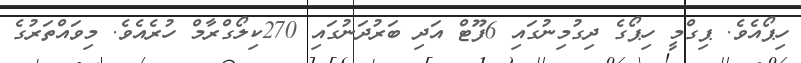
ހިޕޯއެވެ. ޕިގްމީ ހިޕޯގެ ދިގުމިނުގައި 6ފޫޓް އަދި ބަރުދަނުގައި 270ކިލޯގްރާމް ހުރެއެވެ. މިވައްތަރުގެ